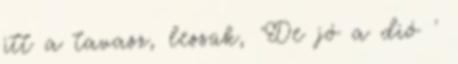
itt a tavasz, lessük, 'De jó a dió '